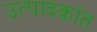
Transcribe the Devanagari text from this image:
उत्पादकांत